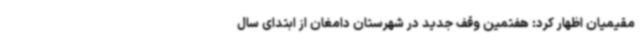
مقیمیان اظهار کرد: هفتمین وقف جدید در شهرستان دامغان از ابتدای سال